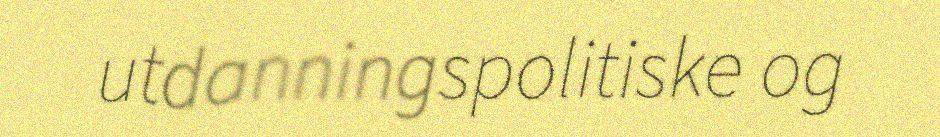
utdanningspolitiske og